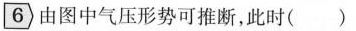
6 由图中气压形势可推断，此时()